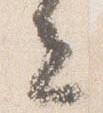
去